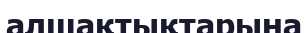
алшақтықтарына